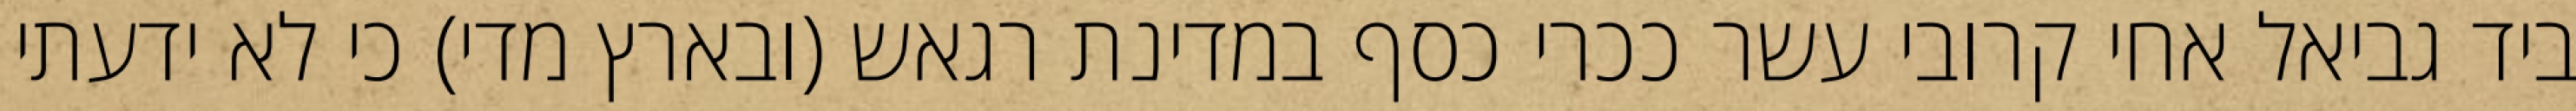
ביד גביאל אחי קרובי עשר ככרי כסף במדינת רגאש (ובארץ מדי) כי לא ידעתי